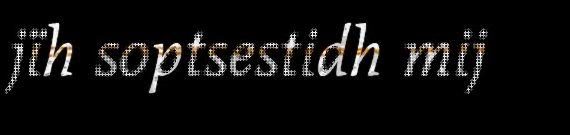
jïh soptsestidh mij